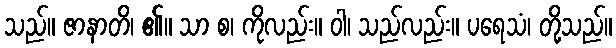
သည်။ ဇာနာတိ၊ ၏။ သာ စ၊ ကိုလည်း။ ဝါ၊ သည်လည်း။ ပရေသံ၊ တို့သည်။